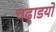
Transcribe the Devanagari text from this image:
चढ़ाडयों